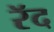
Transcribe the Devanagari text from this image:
रॅद